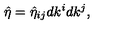
{ \hat { \eta } } = { \hat { \eta } } _ { i j } d k ^ { i } d k ^ { j } ,